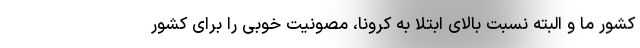
کشور ما و البته نسبت بالای ابتلا به کرونا، مصونیت خوبی را برای کشور